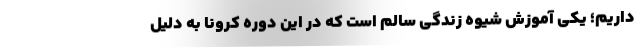
داریم؛ یکی آموزش شیوه زندگی سالم است که در این دوره کرونا به‌ دلیل